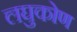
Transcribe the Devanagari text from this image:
लघुकोण